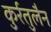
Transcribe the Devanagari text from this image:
कुर्रतुलैन